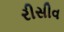
રીસીવ